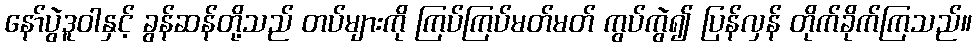
နော်ပွဲဒူဝါနှင့် ခွန်ဆန်တို့သည် တပ်များကို ကြပ်ကြပ်မတ်မတ် ကွပ်ကွဲ၍ ပြန်လှန် တိုက်ခိုက်ကြသည်။